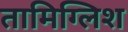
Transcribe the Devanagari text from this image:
तामिग्लिश